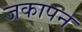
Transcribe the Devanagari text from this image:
जकापन